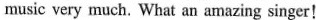
music very much. What an amazing singer!